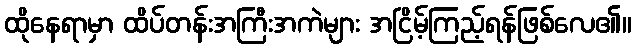
ထိုနေရာမှာ ထိပ်တန်းအကြီးအကဲများ အငြိမ့်ကြည့်ရန်ဖြစ်လေ၏။